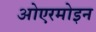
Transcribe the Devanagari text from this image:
ओएरमोइन